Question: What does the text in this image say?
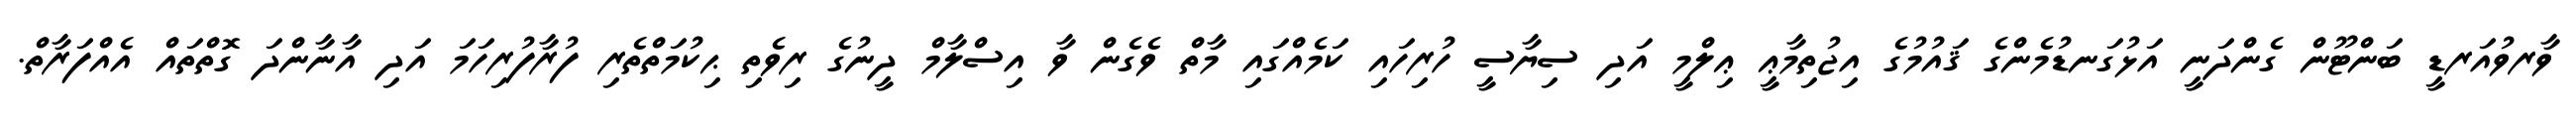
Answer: ވާރވުއަރޑީ ބަންޓޫން ގެންދަނީ އަޅުގަނޑުމެންގެ ޤައުމުގެ އިޖުތިމާޢީ ޢިލްމީ އަދި ސިޔާސީ ހުރިހައި ކަމެއްގައި މާތް ވެގެން ވާ އިސްލާމް ދީނުގެ ރިވެތި ޙިކުމަތްތެރި ފުރާފުރިހަމަ އަދި އާނާންދަ ގޮތްތައް އެއްފަރާތް.